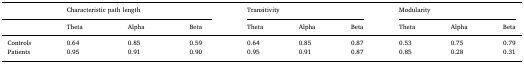
<table><thead><tr><td></td><td colspan="3"><b>Characteristic path length</b></td><td colspan="3"><b>Transitivity</b></td><td colspan="3"><b>Modularity</b></td></tr><tr><td></td><td><b>Theta</b></td><td><b>Alpha</b></td><td><b>Beta</b></td><td><b>Theta</b></td><td><b>Alpha</b></td><td><b>Beta</b></td><td><b>Theta</b></td><td><b>Alpha</b></td><td><b>Beta</b></td></tr></thead><tbody><tr><td>Controls</td><td>0.64</td><td>0.85</td><td>0.59</td><td>0.64</td><td>0.85</td><td>0.87</td><td>0.53</td><td>0.75</td><td>0.79</td></tr><tr><td>Patients</td><td>0.95</td><td>0.91</td><td>0.90</td><td>0.95</td><td>0.91</td><td>0.87</td><td>0.85</td><td>0.28</td><td>0.31</td></tr></tbody></table>